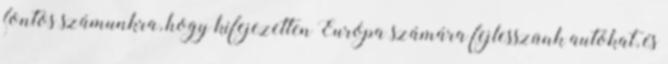
fontos számunkra, hogy kifejezetten Európa számára fejlesszünk autókat, és